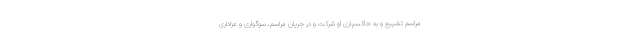
مراسم تشییع و به خاکسپاری او شرکت و در جریان مراسم، سوگواری و عزاداری